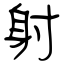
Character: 射